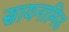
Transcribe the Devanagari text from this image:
सायनामिड